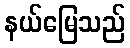
နယ်မြေသည်